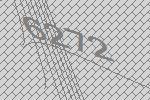
6272